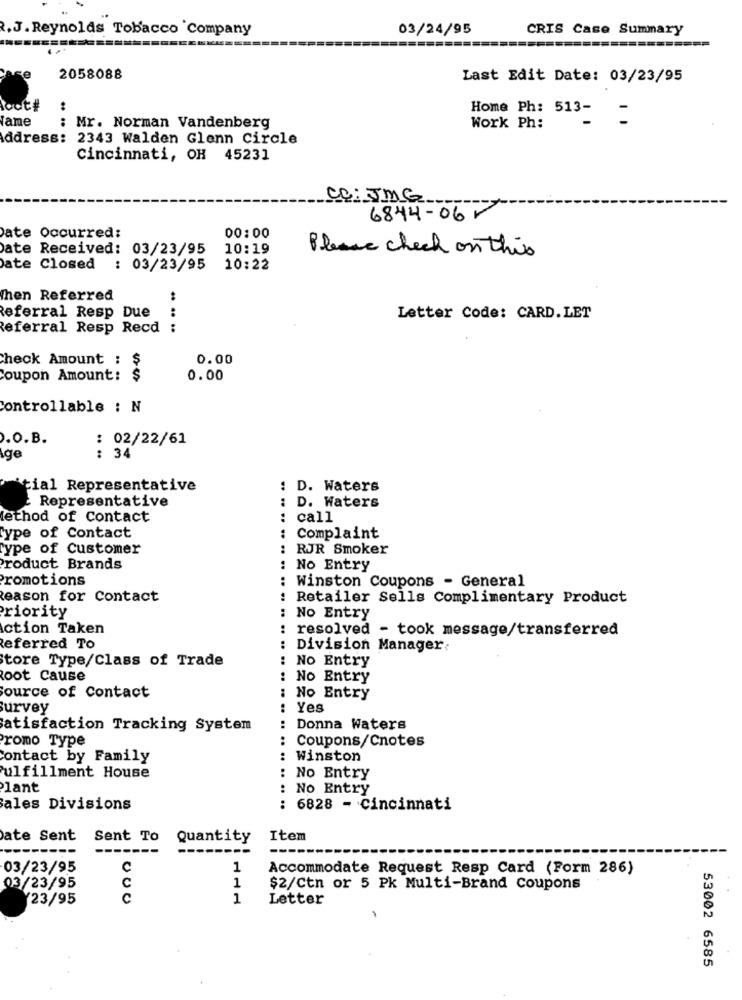
R.J. Reynolds Tobacco Company
03/24/95
CRIS Case Summary
2058088
Last Edit Date: 03/23/95
icot#
:
Home Ph: 513-
fame
: Mr. Norman Vandenberg
Work Ph:
adress: 2343 Walden Glenn Circle
Cincinnati, OH 45231
CC: JMG
6844-06 -
00:00
Date Occurred:
Date Received: 03/23/95
10:19
Please check on this
ate Closed : 03/23/95
10:22
Then Referred
Referral Resp Due
. .. .
Letter Code: CARD.LET
Referral Resp Recd :
Check Amount :
$
0.00
Coupon Amount: $
0.00
Controllable : N
.O.B.
: 02/22/61
ige
: 34
tial Representative
: D. Waters
- Representative
..
D. Waters
ethod of Contact
call
type of Contact
Complaint
..
Type of Customer
: RJR Smoker
Product Brands
: No Entry
Promotions
Winston Coupons - General
Reason for Contact
.. ..
Retailer Sells Complimentary Product
Priority
No Entry
ction Taken
..
resolved - took message/transferred
Referred To
: Division Manager:
tore Type/Class of Trade
No Entry
..
Root Cause
..
No Entry
Source of Contact
No Entry
urvey
Yes
atisfaction Tracking System
Donna Waters
...
Promo Type
:
Coupons/Cnotes
Contact by Family
Winston
..
Fulfillment House
: No Entry
lant
: No Entry
ales Divisions
: 6828 - Cincinnati
ate Sent
Sent To
Quantity
Item
03/23/95
C
1
Accommodate Request Resp Card (Form 286)
C
1
03/23/95
$2/Ctn or 5 Pk Multi-Brand Coupons
Y23/95
C
1
Letter
-
53002 6585